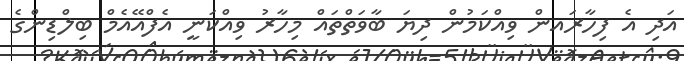
އަދި އެ ފިހާރައން ވިއްކަމުން ދިޔަ ބާވަތްތައް މިހާރު ވިއްކަނީ އެފްއޭއެމް ބިލްޑިންގެ